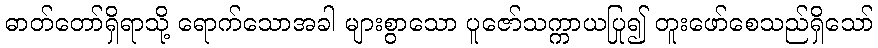
ဓာတ်တော်ရှိရာသို့ ရောက်သောအခါ များစွာသော ပူဇော်သက္ကာယပြု၍ တူးဖော်စေသည်ရှိသော်